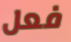
فعل